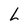
Character: L